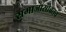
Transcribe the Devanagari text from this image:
समाजासोबतच